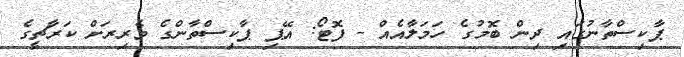
ޕާކިސްތާނުގައި ދިން ބޮމުގެ ހަމަލާއެއް - ފޮޓޯ: އޭޕި ޕާކިސްތާންގެ ވެރިރަށް ކަރާޗީގެ